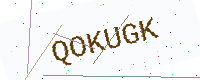
Text: QOKUGK